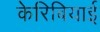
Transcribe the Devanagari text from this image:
केरिबियाई